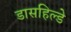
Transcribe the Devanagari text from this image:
डासहिल्डे